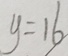
y = 1 6